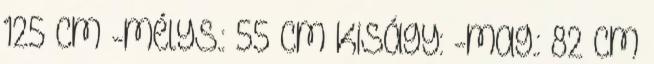
125 cm -mélys.: 55 cm Kiságy: -mag.: 82 cm